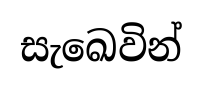
සැඛෙවින්